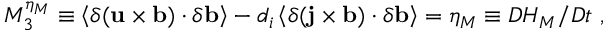
M _ { 3 } ^ { \eta _ { M } } \equiv \left< \delta ( { \bf u } \times { \bf b } ) \cdot \delta { \bf b } \right> - d _ { i } \left< \delta ( { \bf j } \times { \bf b } ) \cdot \delta { \bf b } \right> = \eta _ { M } \equiv D H _ { M } / D t \ ,